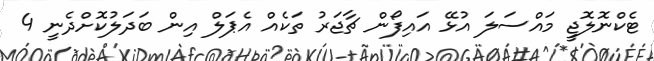
ޓެކްނޮލޮޖީ މައްސަލަ އުޅޭ އައިފޯން ޗާޖަރު ތަކެއް އެޕަލް އިން ބަދަލުކޮށްދެނީ 4